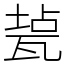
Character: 㼭